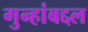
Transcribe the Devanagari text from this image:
गुन्हांबद्दल